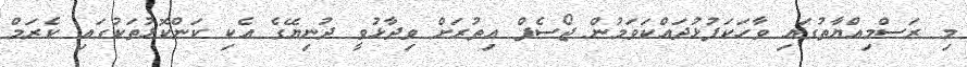
މި ރަސްމިއްޔާތުގައި ވާހަކަފުޅުދައްކަވަމުން ޖޯސެފް އިތުރަށް ވިދާޅުވީ ދުނިޔޭގެ އެކި ކަންކޮޅުތަކުގައި ކެރަމް